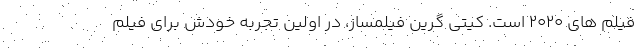
فیلم های ۲۰۲۰ است. کیتی گرینِ فیلمساز، در اولین تجربه خودش برای فیلم